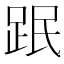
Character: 䟨